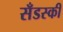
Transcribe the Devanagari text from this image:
सँडस्की